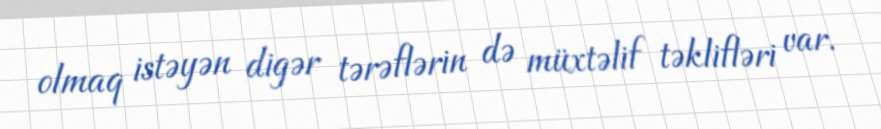
olmaq istəyən digər tərəflərin də müxtəlif təklifləri var.